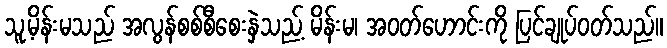
သူ့မိန်းမသည် အလွန်စစ်စီစေးနှဲသည့် မိန်းမ၊ အဝတ်ဟောင်းကို ပြင်ချုပ်ဝတ်သည်။